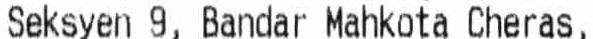
SEKSYEN 9, BANDAR MAHKOTA CHERAS,